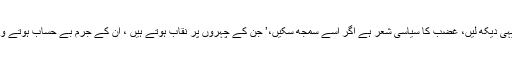
اب یہی دیکھ لیں، غضب کا سیاسی شعر ہے اگر اسے سمجھ سکیں،’ جن کے چہروں پر نقاب ہوتے ہیں ، ان کے جرم بے حساب ہوتے وہیں‘۔